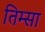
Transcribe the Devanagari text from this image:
तिम्सा